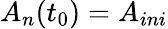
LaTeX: A_{n}(t_{0})=A_{ini}